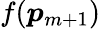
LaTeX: f(\boldsymbol{p}_{m+1})